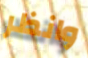
وانظر